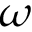
\omega